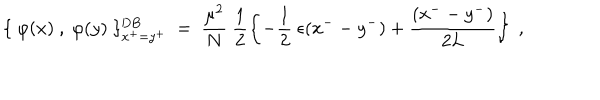
\{ ~ \varphi ( x ) ~ , ~ \varphi ( y ) ~ \} _ { x ^ { + } = y ^ { + } } ^ { \mathrm { D B } } ~ = ~ \frac { \mu ^ { 2 } } { N } ~ \frac { 1 } { 2 } \left\{ - \frac { 1 } { 2 } ~ \epsilon ( x ^ { - } - y ^ { - } ) + \frac { ( x ^ { - } - y ^ { - } ) } { 2 L } \right\} ~ ,